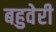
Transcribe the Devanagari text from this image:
बहुवेरी